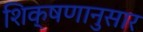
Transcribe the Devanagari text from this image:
शिक्षणानुसार